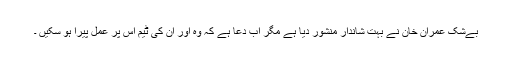
بےشک عمران خان نے بہت شاندار منشور دیا ہے مگر اب دعا ہے کہ وہ اور ان کی ٹیم اس پر عمل پیرا ہو سکیں ۔